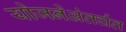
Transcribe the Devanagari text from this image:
योजनेअंतर्घत